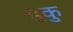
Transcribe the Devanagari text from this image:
हकु